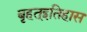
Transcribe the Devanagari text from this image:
बृहत्इतिहास